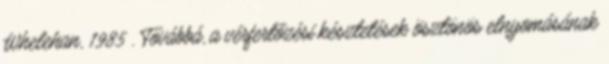
Whelehan, 1985 . Továbbá, a vérfertőzési késztetések ösztönös elnyomásának